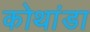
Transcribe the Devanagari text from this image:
कोथांडा